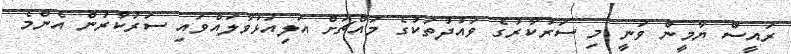
ރައީސް ޔާމީން ވަނީ މި ސަރުކާރުގެ ވައުދުތަކުގެ މައްޗަށް އަލިއަޅުވާލައްވައި ސަރުކާރުން އެންމެ